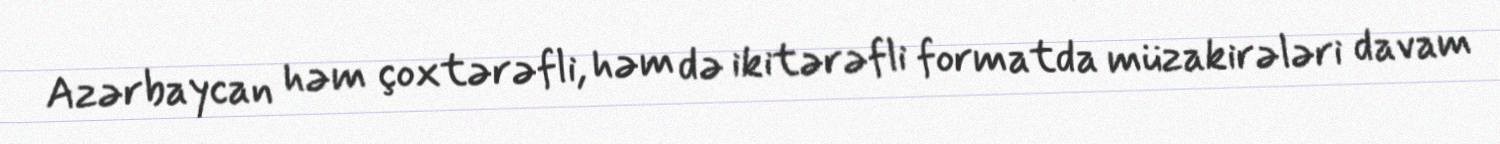
Azərbaycan həm çoxtərəfli, həm də ikitərəfli formatda müzakirələri davam